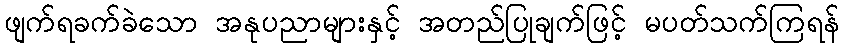
ဖျက်ရခက်ခဲသော အနုပညာများနှင့် အတည်ပြုချက်ဖြင့် မပတ်သက်ကြရန်